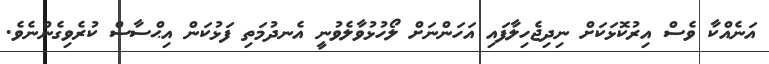
އަނެއްކާ ވެސް އިރުކޮޅަކަށް ނިދިޖެހިލާފައި އަހަންނަށް ލޯހުޅުވާލެވުނީ އެނދުމަތި ފަޅުކަން އިޙްސާސް ކުރެވިގެންނެވެ.